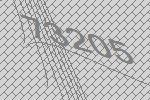
73205